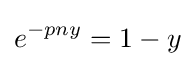
e^{-pny}=1-y